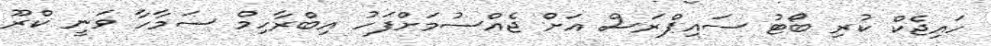
ހައިޖެކް ކުރި ބޯޓު ސައިޕްރަސް އަށް ޖެއްސުމަށްފަހު އިބްރާހިމް ސަމާހާ ވަނީ ކްރޫ